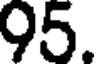
95.